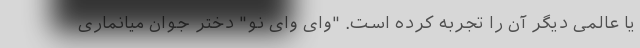
یا عالمی دیگر آن را تجربه کرده است. "وای وای نو" دختر جوان میانماری